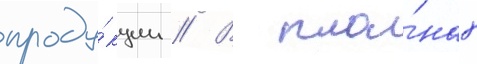
проду́кции // В пла́нах